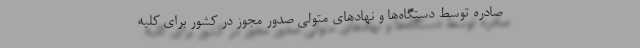
صادره توسط دستگاه‌ها و نهادهای متولی صدور مجوز در کشور برای کلیه